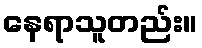
နေရာသူတည်း။